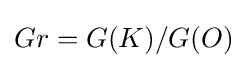
Gr=G(K)/G(O)